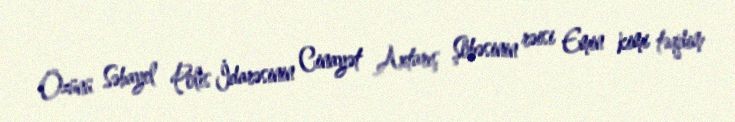
Özünü Səbayel Polis İdarəsinin Cinayət Axtarış Şöbəsinin rəisi Emin kimi təqdim